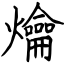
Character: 爚